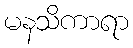
မနသိကာရာ